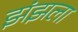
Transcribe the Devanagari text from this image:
झंझला